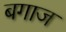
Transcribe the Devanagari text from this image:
बगाज